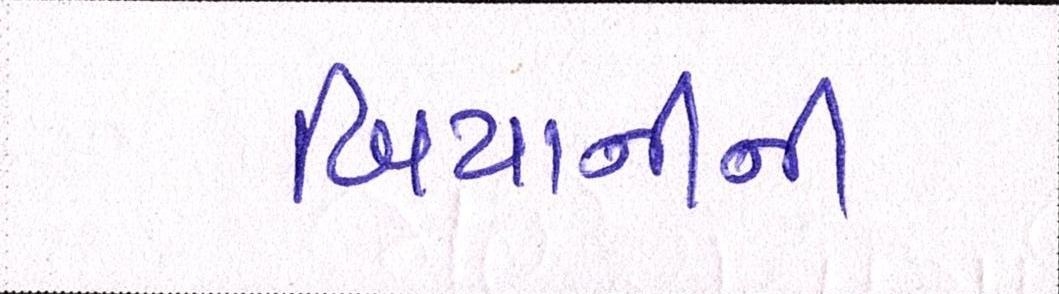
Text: બિયાનીની